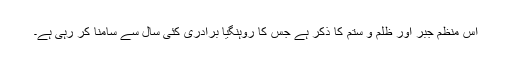
اس منظم جبر اور ظلم و ستم کا ذکر ہے جس کا روہنگیا برادری کئی سال سے سامنا کر رہی ہے۔